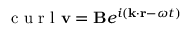
\textrm { c u r l } \mathbf { v } = \mathbf { B } e ^ { i ( \mathbf { k } \cdot \mathbf { r } - \omega t ) }